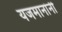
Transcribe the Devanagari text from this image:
यजमानांनी